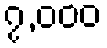
၇,၀၀၀